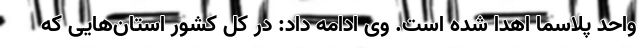
واحد پلاسما اهدا شده است. وی ادامه داد: در کل کشور استان‌هایی که